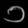
Digit: ၁